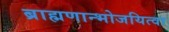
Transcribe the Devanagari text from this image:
ब्राह्मणान्भोजयित्वा